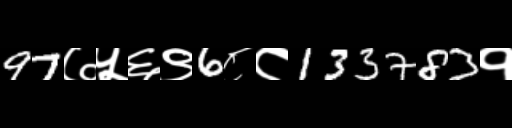
Text: 97७५६९6८८133783१